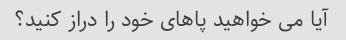
آیا می خواهید پاهای خود را دراز کنید؟